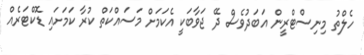
ހެލްތު މިނިސްޓްރީން އަބަދުވެސް ދޭ ޖަވާބަކީ އެކަމަށް މަސައްކަތް ކުރާ ކަމަށައި ޑޮކްޓަރެއް